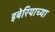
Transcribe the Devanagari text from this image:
इबेरियाच्या